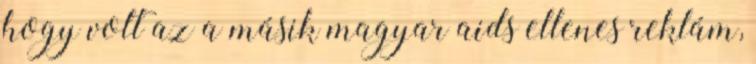
hogy volt az a másik magyar aids ellenes reklám,